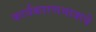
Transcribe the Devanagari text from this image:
कार्यकारणभावाचे